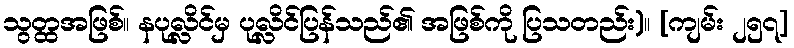
သွတ္ထအဖြစ်။ နပုလ္လိင်မှ ပုလ္လိင်ပြန်သည်၏ အဖြစ်ကို ပြသတည်း)။ [ကျမ်း ၂၅၇]